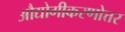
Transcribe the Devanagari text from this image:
औद्योगीकरणोत्तर